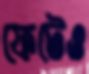
ফেটেও